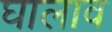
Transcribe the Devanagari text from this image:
घालाव